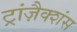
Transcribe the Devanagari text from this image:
ट्रांज़ैक्शंस